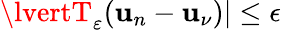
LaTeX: \lvertT_{\varepsilon}(\mathbf{u}_{n}-\mathbf{u}_{\nu})\rvert\leq\epsilon